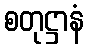
စတုဋ္ဌာနံ